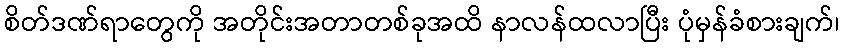
စိတ်ဒဏ်ရာတွေကို အတိုင်းအတာတစ်ခုအထိ နာလန်ထလာပြီး ပုံမှန်ခံစားချက်၊